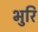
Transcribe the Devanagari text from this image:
भुरि